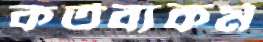
কর্তব্যকর্ম